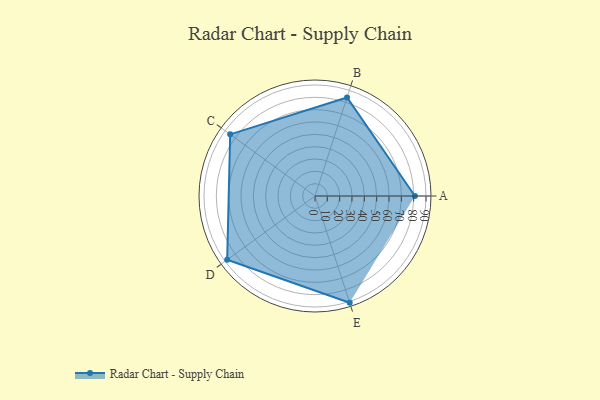
{"axis": {"x": "Skill", "y": "Score"}, "legend": ["Profile"], "data": [{"x": "A", "y": 81.0, "type": "Profile"}, {"x": "B", "y": 84.0, "type": "Profile"}, {"x": "C", "y": 85.0, "type": "Profile"}, {"x": "D", "y": 88.0, "type": "Profile"}, {"x": "E", "y": 91.0, "type": "Profile"}]}